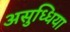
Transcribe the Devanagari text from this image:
असुध्धिया